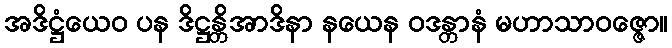
အဒိဋ္ဌံယေဝ ပန ဒိဋ္ဌန္တိအာဒိနာ နယေန ဝဒန္တာနံ မဟာသာဝဇ္ဇော။